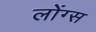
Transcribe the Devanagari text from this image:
लोंग्स